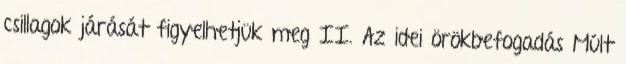
csillagok járását figyelhetjük meg II. Az idei örökbefogadás Múlt